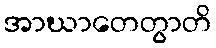
အာဃာတေတွာတိ